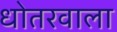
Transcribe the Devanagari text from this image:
धोतरवाला